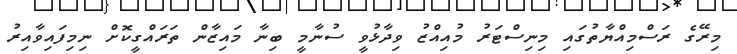
މިރޭގެ ރަސްމިއްޔާތުގައި މިނިސްޓަރު މުއިއްޒު ވިދާޅުވީ ސުނާމީ ބިނާ މައިޒާން ތަރައްގީކޮށް ނިމިފައިވާއިރު